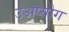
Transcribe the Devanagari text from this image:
उअप्योग